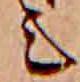
ミ